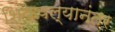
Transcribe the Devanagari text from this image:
शिकवल्यानंतर